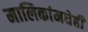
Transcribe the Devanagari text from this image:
मालिकांमधेही